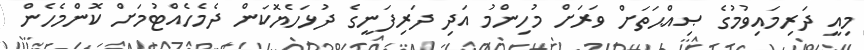
މިއީ ދަރިމައިވުމުގެ ޞިއްޙަތަށް ވަރަށް މުހިންމު އަދި ދަރިފަނީގެ ދުޅަހެޔޮކަން ދެމެހެއްޓުމަށް ކޮންމެހެން